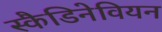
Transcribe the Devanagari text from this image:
स्कैडिनेवियन